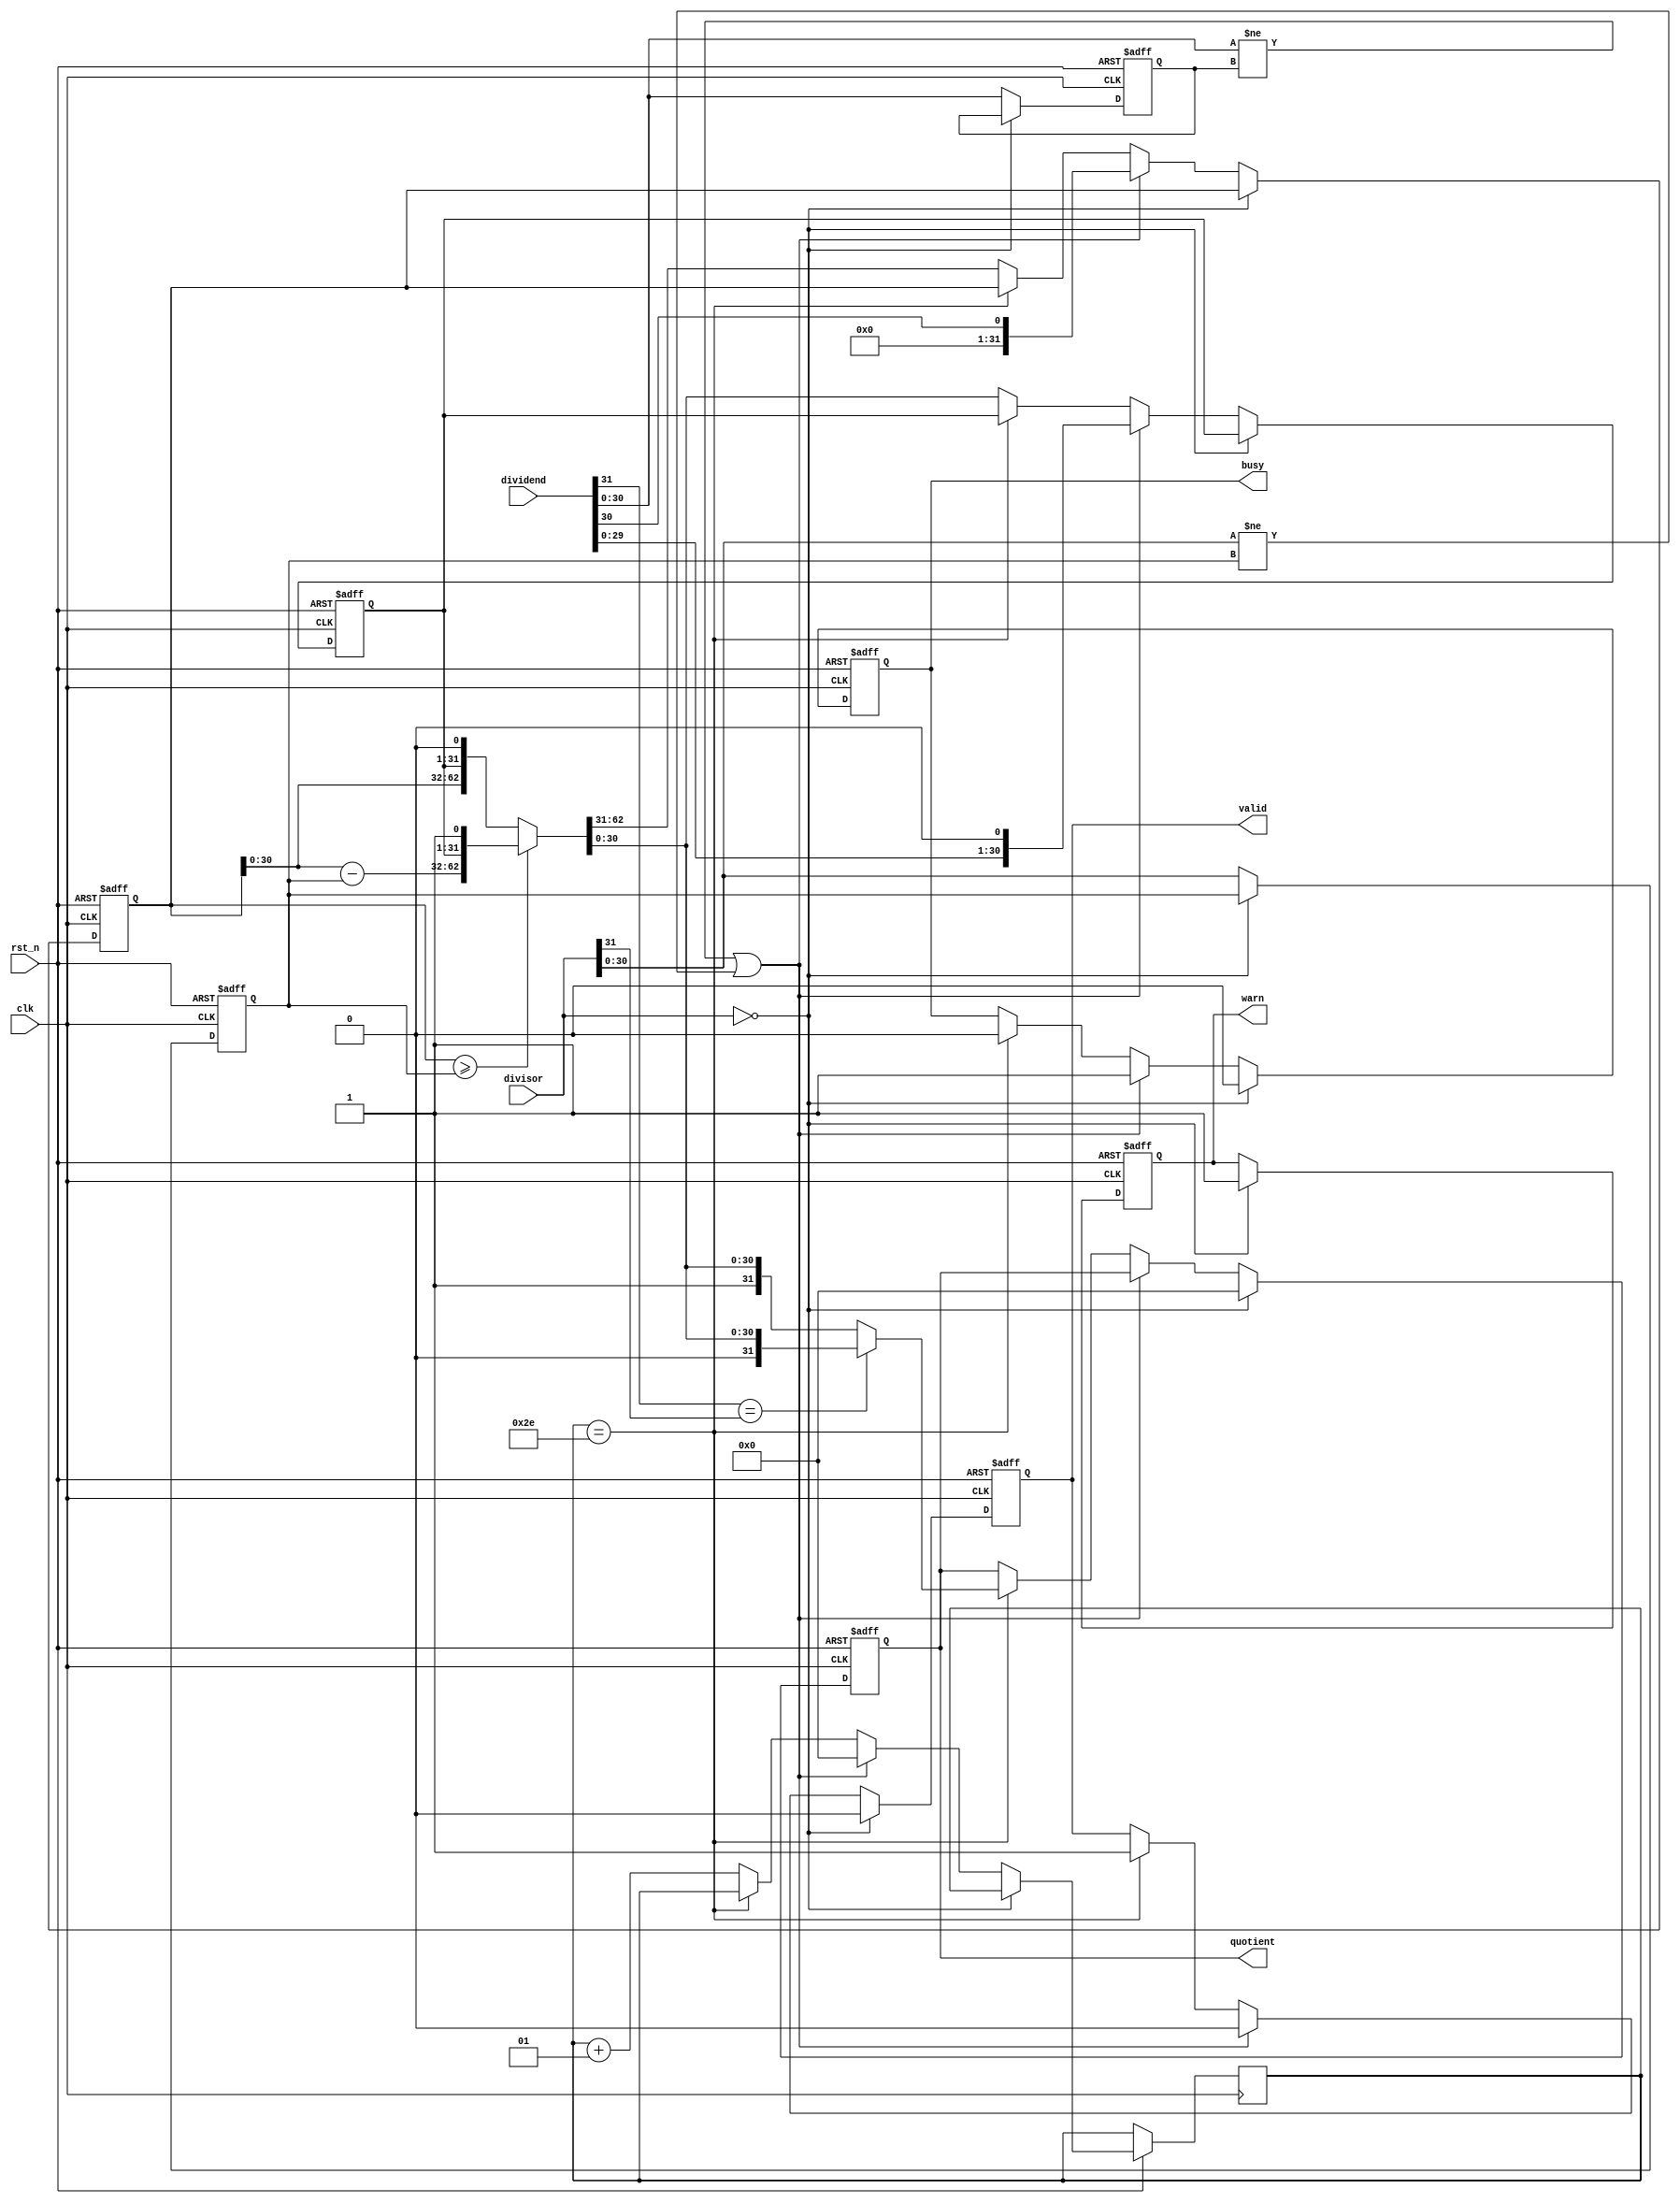
`ifndef QDIV_V
`define QDIV_V

        module qdiv(
                input clk,
                input rst_n,
                input [31:0] dividend,
                input [31:0] divisor,
                output reg [31:0] quotient,
                output reg valid,//
                output reg warn,//0
                output reg busy//
            );

            parameter WIDTH = 31;
            parameter  FBITS = 16;

            wire [WIDTH-1:0] dividend_unsigned;
            wire [WIDTH-1:0] divisor_unsigned;

            integer i=0;

            reg [WIDTH-1:0] dividend_reg;//()
            reg [WIDTH-1:0] divisor_reg;//()
            reg [WIDTH:0] acc;//
            reg [WIDTH-1:0] quo;//()

            reg [WIDTH:0] acc_next;//
            reg [WIDTH-1:0] quo_next;//

            assign dividend_unsigned=dividend[WIDTH-1:0];
            assign divisor_unsigned=divisor[WIDTH-1:0];

            always @(*) begin
                if (acc >= {1'b0, divisor_reg}) begin
                    acc_next = acc - divisor_reg;
                    {acc_next, quo_next} = {acc_next[WIDTH-1:0], quo, 1'b1};
                end
                else begin
                    {acc_next, quo_next} = {acc, quo} << 1;
                end
            end

            always @(posedge clk or negedge rst_n) begin
                if(!rst_n) begin
                    dividend_reg <= 0;
                    divisor_reg <= 0;
                    quotient <= 0;
                    valid <= 0;
                    warn <= 0;
                    acc <= 0;
                    quo <= 0;
                    busy <= 0;

                    //acc_next <= 0;
                    //quo_next <= 0;
                end
                else if(divisor==0) begin
                    warn <= 1;
                    valid <= 0;
                    quotient <= 0;
                    busy <= 0;
                end
                else begin
                    dividend_reg <= dividend_unsigned;
                    divisor_reg <= divisor_unsigned;
                    if(dividend_unsigned!=dividend_reg||divisor_unsigned!=divisor_reg)//
                    begin
                        i <= 0;
                        valid <= 0;
                        {acc, quo} <= {{WIDTH{1'b0}}, dividend_unsigned, 1'b0};
                        busy <= 1'b1;
                    end
                    else begin
                        if(i==WIDTH+FBITS-1) begin
                            valid<=1;
                            busy <= 1'b0;
                            if(dividend[WIDTH]==divisor[WIDTH])
                                quotient<={1'b0,quo_next[WIDTH-1:0]};
                            else
                                quotient<={1'b1,quo_next[WIDTH-1:0]};
                        end
                        else begin
                            i<=i+1;
                            {acc, quo} <= {acc_next, quo_next};
                        end
                    end
                end
            end
        endmodule
`endif